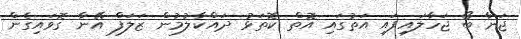
ޖަނާ ބޯ ޖަހާލައިފައި އަތުގައި އޮތް ކޮތަޅު ދައްކާލުމުން ޒަލަފް އޭނާ ގޮވައިގެން